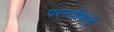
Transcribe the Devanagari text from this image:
परस्त्रीयोनी